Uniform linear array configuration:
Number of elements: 16
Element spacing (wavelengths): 0.75
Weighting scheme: binomial
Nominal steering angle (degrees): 0
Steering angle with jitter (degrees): -1.562
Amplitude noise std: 0.05
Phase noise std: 0.05

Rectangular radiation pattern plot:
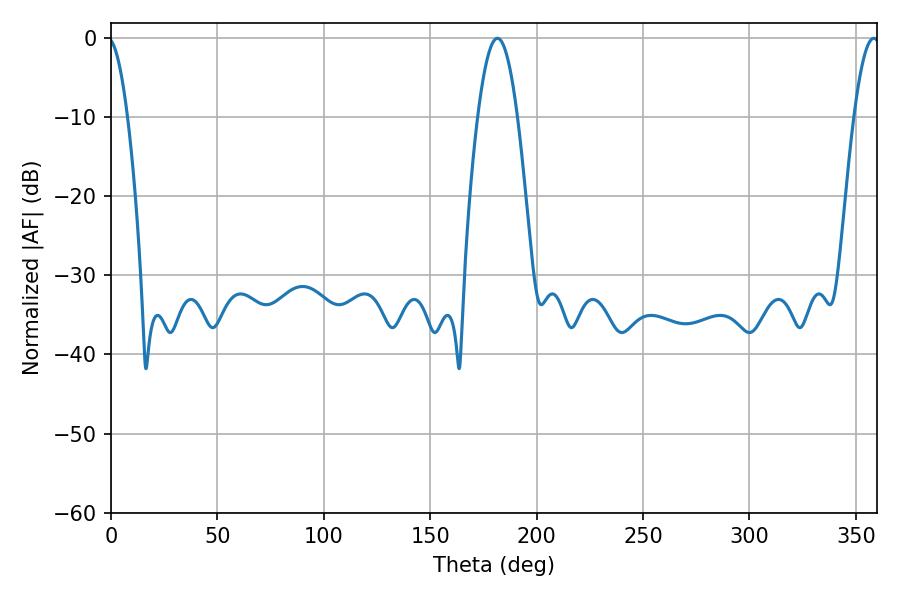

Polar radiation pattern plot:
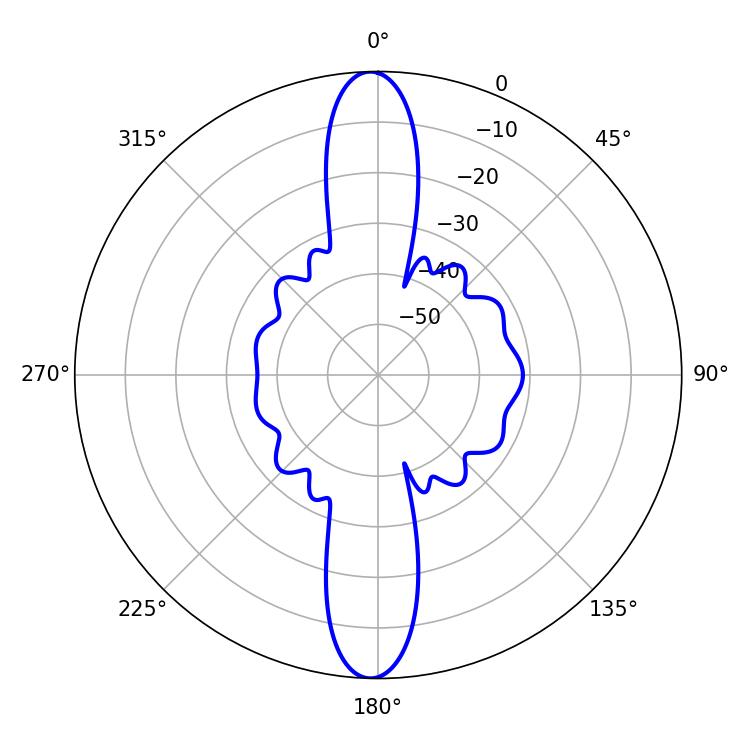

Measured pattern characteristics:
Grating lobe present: TRUE
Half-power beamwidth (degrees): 10.08
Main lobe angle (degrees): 181.62